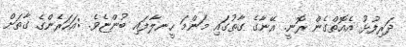
ދަރިފުޅު އެއޮތްގެން ރޮނީ. އޭނާގެ ގާތުގައި މަންމަ ހީނލާފައި ބުންޏެވެ. :އަހަރެންގެ ގާތަށް